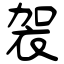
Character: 袈